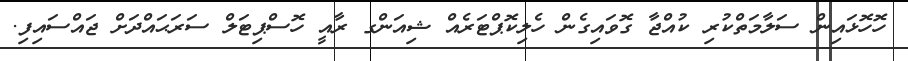
ހޮހޮޅައިން ސަލާމަތްކުރި ކުއްޖާ ގޮވައިގެން ހެލިކޮޕްޓަރެއް ޝިއަންގ ރާއީ ހޮސްޕިޓަލް ސަރަޙައްދަށް ޖައްސައިފި.